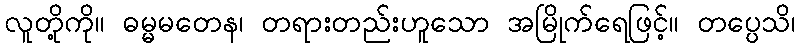
လူတို့ကို။ ဓမ္မမတေန၊ တရားတည်းဟူသော အမြိုက်ရေဖြင့်။ တပ္ပေသိ၊